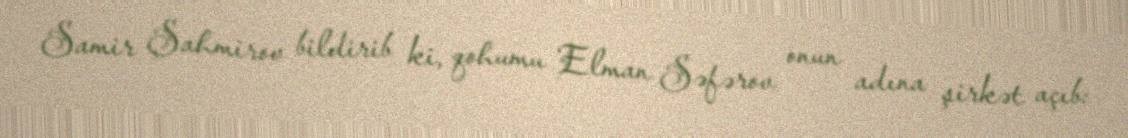
Samir Şahmirov bildirib ki, qohumu Elman Səfərov onun adına şirkət açıb: